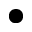
\bullet